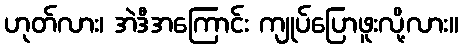
ဟုတ်လား၊ အဲဒီအကြောင်း ကျုပ်ပြောဖူးလို့လား။